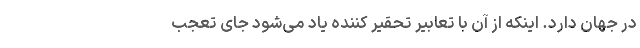
در جهان دارد. اینکه از آن با تعابیر تحقیر کننده یاد می‌شود جای تعجب